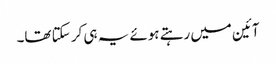
آئین میں رہتے ہوئے یہ ہی کر سکتا تھا۔